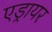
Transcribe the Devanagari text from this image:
एड्रायर